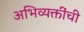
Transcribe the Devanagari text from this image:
अभिव्यक्तींची